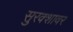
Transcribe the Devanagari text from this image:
सुरक्शावर